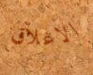
الاغلاق